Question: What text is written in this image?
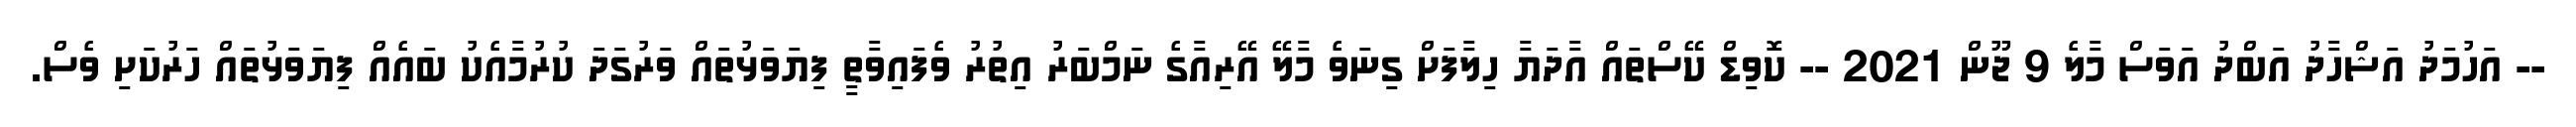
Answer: -- އަހުމަދު އަޝްހާދު އަބްދު އަވަސް މާލެ 9 ޖޫން 2021 -- ކޮވިޑް ކޭސްތައް އާދަޔާ ހިލާފަށް ގިނަވެ މާލޭ އޭރިއާގެ ނަމްބަރު އިތުރު ވެފައިވާތީ ފިޔަވަޅުތައް ވަރުގަދަ ކުރުމާއެކު ބައެއް ފިޔަވަޅުތައް ހަރުކަށި ވެސް.